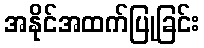
အနိုင်အထက်ပြုခြင်း